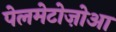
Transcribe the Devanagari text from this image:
पेलमेटोज़ोआ